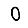
Digit: 0